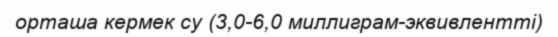
орташа кермек су (3,0-6,0 миллиграм-эквивлентті)